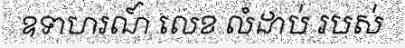
ឧទាហរណ៍ លេខ លំដាប់ របស់